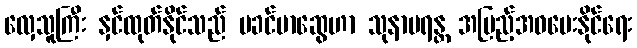
လှေသူကြီး နှင်ထုတ်နိုင်သည် မခင်မာဆွေဟာ သုနာပရန္တ အပြည့်အဝပေးနိုင်ရေး